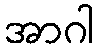
အာဂါ